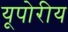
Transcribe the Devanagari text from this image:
यूपोरीय